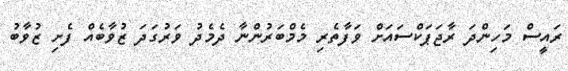
ރައީސް މަހިންދަ ރާޖަޕަކްސައަށް ވަފާތެރި މެމްބަރުންނާ ދެމެދު ވަރުގަދަ ޒުވާބެއް ފެށި ޒުވާބު